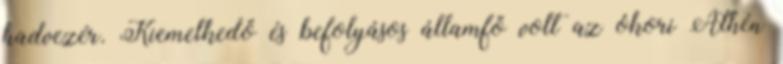
hadvezér. Kiemelkedő és befolyásos államfő volt az ókori Athén